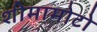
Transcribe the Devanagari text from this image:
शीमामोटो